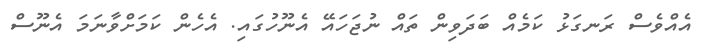
އެެއްވެސް ރަނގަޅު ކަމެއް ބަދަވިން ތައް ނުޖަހައޭ އެނޫހުގައި. އެހެން ކަމަށްވާނަމަ އެނޫސް